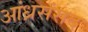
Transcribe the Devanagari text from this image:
आंध्रसंसद